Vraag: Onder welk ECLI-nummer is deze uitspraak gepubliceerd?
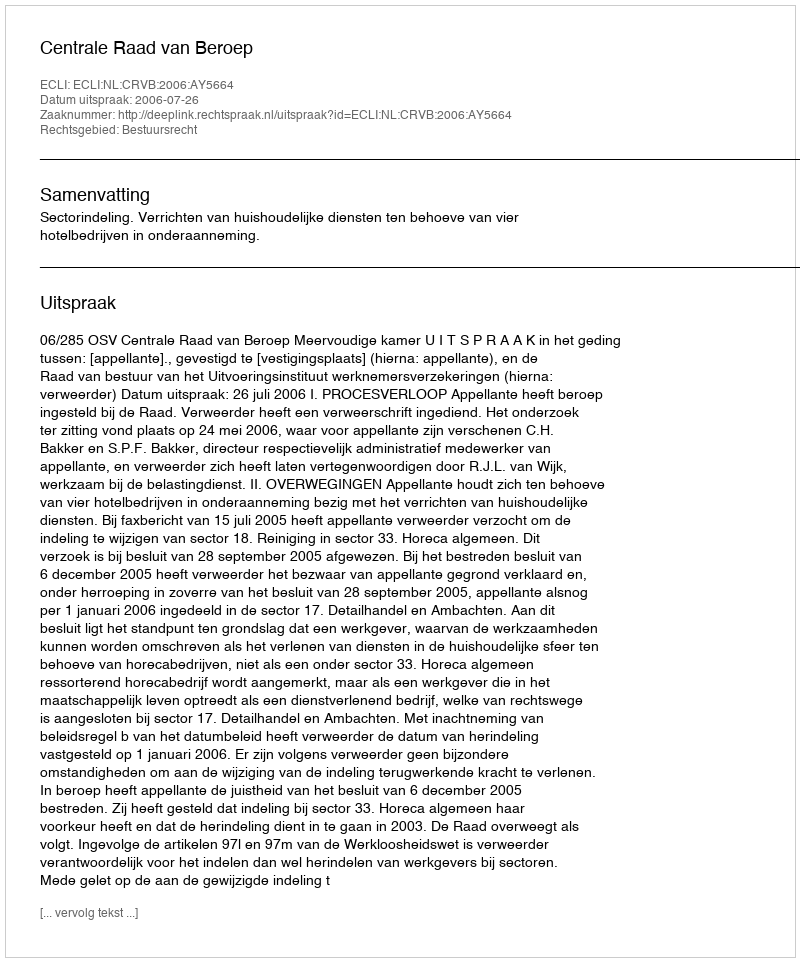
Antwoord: ECLI:NL:CRVB:2006:AY5664